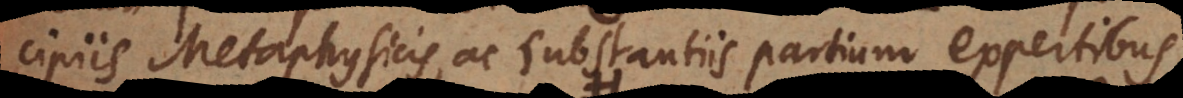
cipiis Metaphysicis, ac substantiis partium expertibus